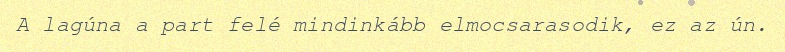
A lagúna a part felé mindinkább elmocsarasodik, ez az ún.